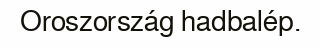
Oroszország hadbalép.